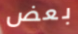
بعض